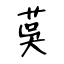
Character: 茣